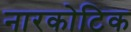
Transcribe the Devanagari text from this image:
नारकोटिक